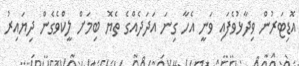
އޮޑިޓަރުން ވިދާޅުވެފައި ވަނީ އެހާ ގިނަ އަދަދެއްގެ ތެޔޮ ބިމަށް ލީކްވެގެން ދިޔައިރު